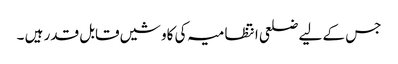
جس کے لیے ضلعی انتظامیہ کی کاوشیں قابل قدر ہیں ۔